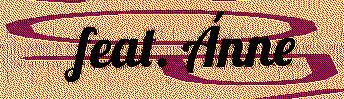
feat. Ánne